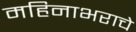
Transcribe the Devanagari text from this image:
महिनाभराचे